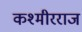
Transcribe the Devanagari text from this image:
कश्मीरराज